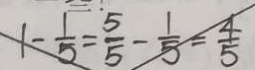
1 - \frac { 1 } { 5 } = \frac { 5 } { 5 } - \frac { 1 } { 5 } = \frac { 4 } { 5 }